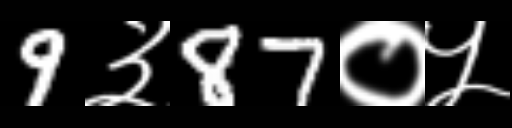
Text: 9३87०५